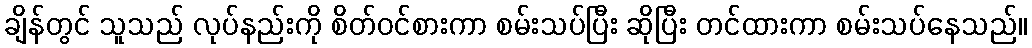
ချိန်တွင် သူသည် လုပ်နည်းကို စိတ်ဝင်စားကာ စမ်းသပ်ပြီး ဆိုပြီး တင်ထားကာ စမ်းသပ်နေသည်။